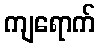
ကျရောက်